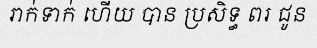
រាក់ទាក់ ហើយ បាន ប្រសិទ្ធ ពរ ជូន